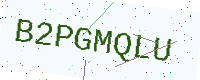
Text: B2PGMQLU